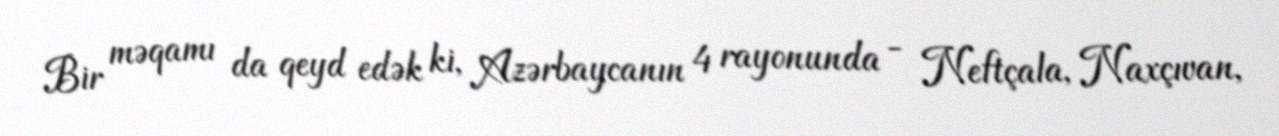
Bir məqamı da qeyd edək ki, Azərbaycanın 4 rayonunda - Neftçala, Naxçıvan,